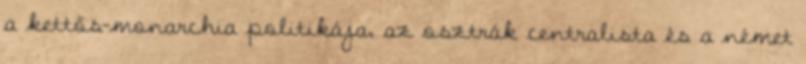
a kettős-monarchia politikája, az osztrák centralista és a német